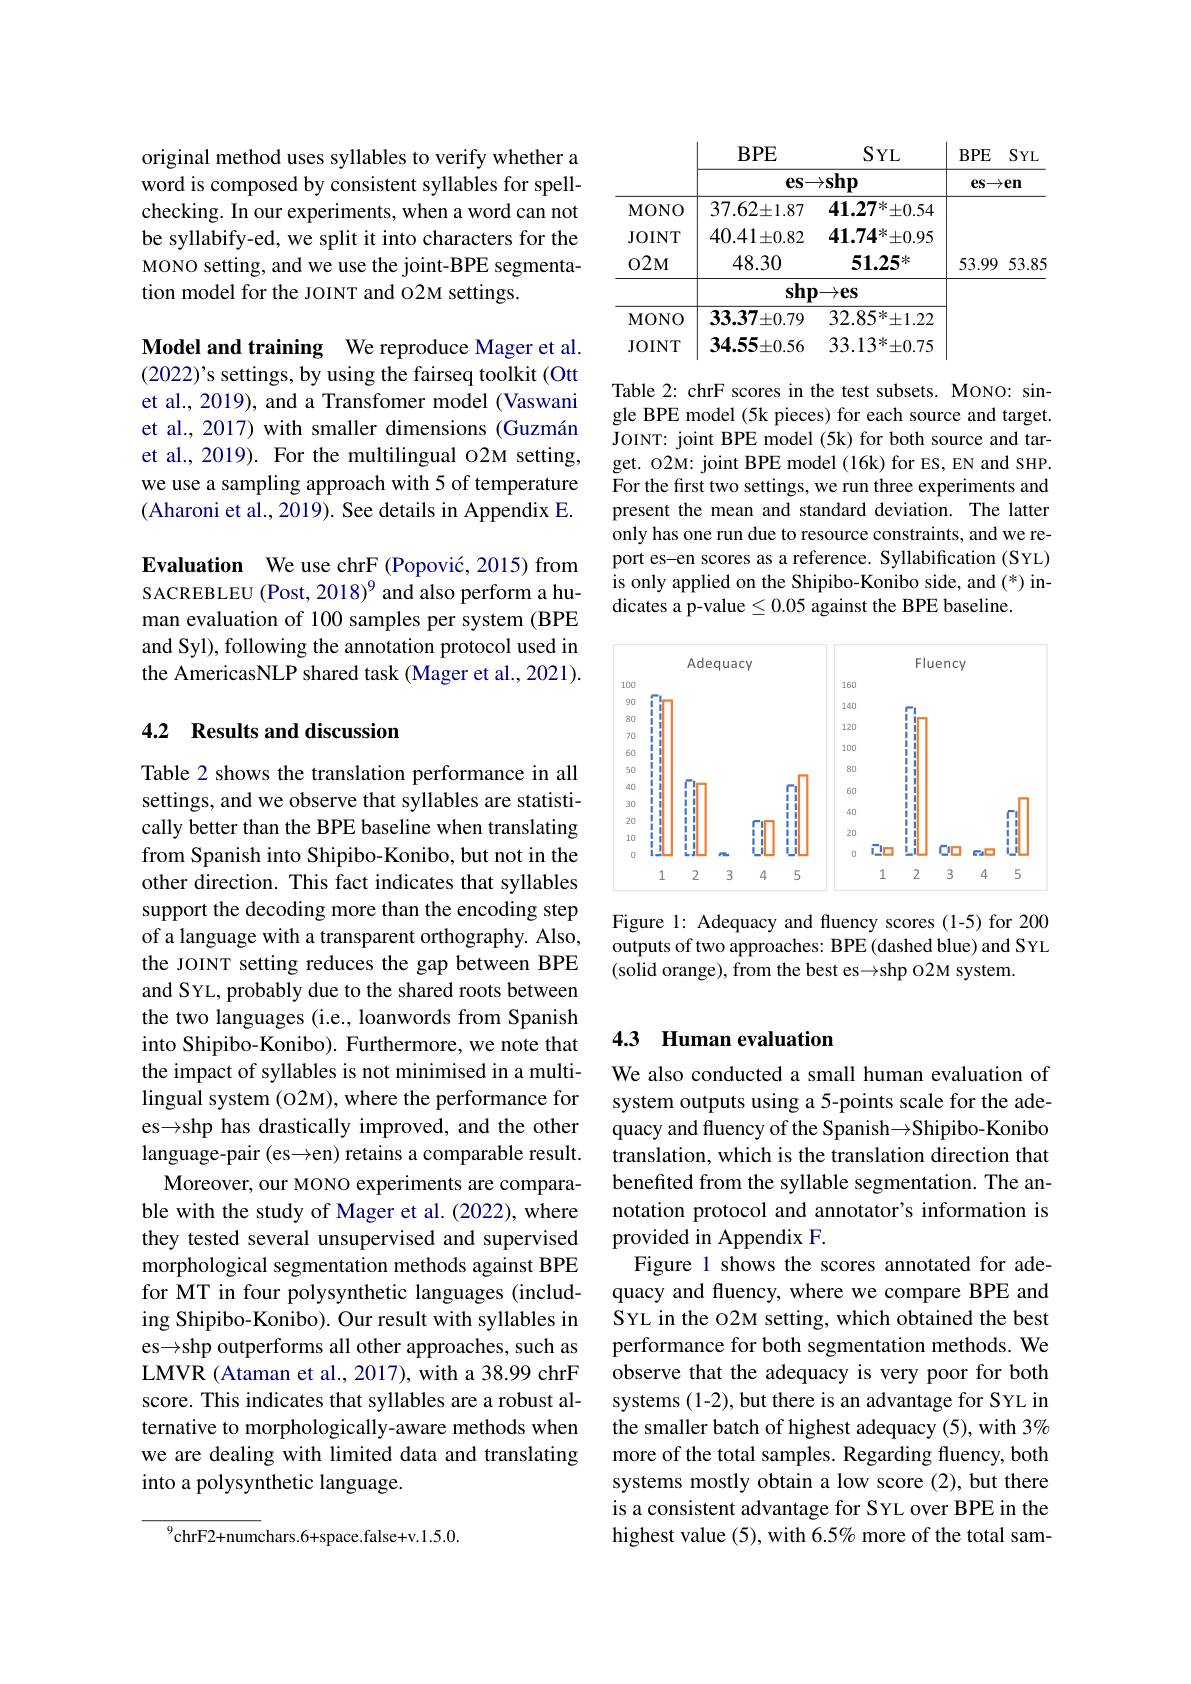
original method uses syllables to verify whether a word is composed by consistent syllables for spellchecking. In our experiments, when a word can not be syllabify-ed, we split it into characters for the MONO setting, and we use the joint-BPE segmentation model for the JOINT and O2M settings.

Model and training We reproduce Mager et al. $(2022)’$s settings, by using the fairseq toolkit (Ott et al., 2019), and a Transfomer model (Vaswani et al., 2017) with smaller dimensions (Guzmán et al., 2019). For the multilingual O2M setting, we use a sampling approach with 5 of temperature (Aharoni et al., 2019). See details in Appendix E. Evaluation We use chrF (Popović, 2015) from SACREBLEU (Post, 2018)$^{9}$ and also perform a human evaluation of 100 samples per system (BPE and Syl), following the annotation protocol used in the AmericasNLP shared task (Mager et al., 2021).

## 4.2 Results and discussion

Table 2 shows the translation performance in all settings, and we observe that syllables are statistically better than the BPE baseline when translating from Spanish into Shipibo-Konibo, but not in the other direction. This fact indicates that syllables support the decoding more than the encoding step of a language with a transparent orthography. Also, the JOINT setting reduces the gap between BPE and SYL, probably due to the shared roots between the two languages (i.e., loanwords from Spanish into Shipibo-Konibo). Furthermore, we note that the impact of syllables is not minimised in a multilingual system (02M), where the performance for es$\to$shp has drastically improved, and the other language-pair (es→en) retains a comparable result.
Moreover, our MONO experiments are comparable with the study of Mager et al. (2022), where they tested several unsupervised and supervised morphological segmentation methods against BPE for MT in four polysynthetic languages (including Shipibo-Konibo). Our result with syllables in es shp outperforms all other approaches, such as LMVR (Ataman et al., 2017), with a 38.99 chrF score. This indicates that syllables are a robust alternative to morphologically-aware methods when we are dealing with limited data and translating into a polysynthetic language.

$^{9}$chrF2+numchars.6+space.false+v.1.5.0.

<table>
	<tbody>
		<tr>
			<th> </th>
			<th>$BPE$</th>
			<th>$SYL$</th>
			<th>$BPE$</th>
			<th>$SYL$</th>
		</tr>
		<tr>
			<th> </th>
			<th>$\mathbf{es}\to\mathbf{s}$</th>
			<th>$\to\mathbf{shp}$</th>
			<th>$es\to$</th>
			<th>$en$</th>
		</tr>
		<tr>
			<td>MONO</td>
			<td>$37.62\pm1.87$</td>
			<td>$41.27^{*}\pm0.54$</td>
			<td> </td>
			<td> </td>
		</tr>
		<tr>
			<td>MONO</td>
			<td>$33.37\pm0.79$ 3</td>
			<td>$32.85^{*}\pm1.22$</td>
			<td> </td>
			<td> </td>
		</tr>
		<tr>
			<td>JOINT</td>
			<td>$34.55\pm0.56$ ,</td>
			<td>$33.13^{*}\pm0.75$</td>
			<td> </td>
			<td> </td>
		</tr>
	</tbody>
</table>

Table 2: chrF scores in the test subsets. MONO: single BPE model (5k pieces) for each source and target. JOINT: joint BPE model (5k) for both source and target. O2M: joint BPE model (16k) for ES, EN and SHP. For the first two settings, we run three experiments and present the mean and standard deviation. The latter only has one run due to resource constraints, and we report es-en scores as a reference. Syllabification (SYL) is only applied on the Shipibo-Konibo side, and (*) indicates a p-value $\leq0.05$ against the BPE baseline.

<FigureHere>

Figure 1: Adequacy and fluency scores (1-5) for 200 outputs of two approaches: BPE (dashed blue) and SYL (solid orange), from the best es$\to$shp O2M system.

## 4.3 Human evaluation

We also conducted a small human evaluation of system outputs using a 5-points scale for the adequacy and fluency of the Spanish Shipibo-Konibo translation, which is the translation direction that benefited from the syllable segmentation. The annotation protocol and annotator's information is provided in Appendix F.
Figure 1 shows the scores annotated for adequacy and fluency, where we compare BPE and SYL in the O2M setting, which obtained the best performance for both segmentation methods. We observe that the adequacy is very poor for both systems (1-2), but there is an advantage for SYL in the smaller batch of highest adequacy (5), with 3% more of the total samples. Regarding fluency, both systems mostly obtain a low score (2), but there is a consistent advantage for SYL over BPE in the highest value (5), with 6.5% more of the total sam-